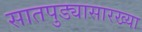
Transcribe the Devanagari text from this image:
सातपुड्यासारख्या